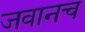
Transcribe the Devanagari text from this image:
जवानच